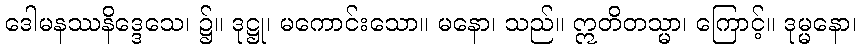
ဒေါမနဿနိဒ္ဒေသေ၊ ၌။ ဒုဋ္ဌု၊ မကောင်းသော။ မနော၊ သည်။ ဣတိတသ္မာ၊ ကြောင့်။ ဒုမ္မနော၊